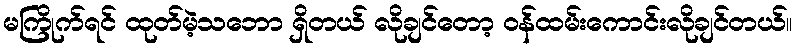
မကြိုက်ရင် ထုတ်မဲ့သဘော ရှိတယ် လိုချင်တော့ ဝန်ထမ်းကောင်းလိုချင်တယ်။